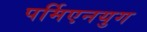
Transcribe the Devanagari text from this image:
पर्मिएनयुग